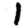
Digit: 1